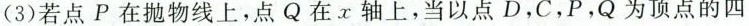
(3)若点P在抛物线上，点Q在x轴上，当以点D，C，P，Q为顶点的四